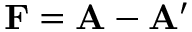
\mathbf { F } = \mathbf { A } - \mathbf { A ^ { \prime } }